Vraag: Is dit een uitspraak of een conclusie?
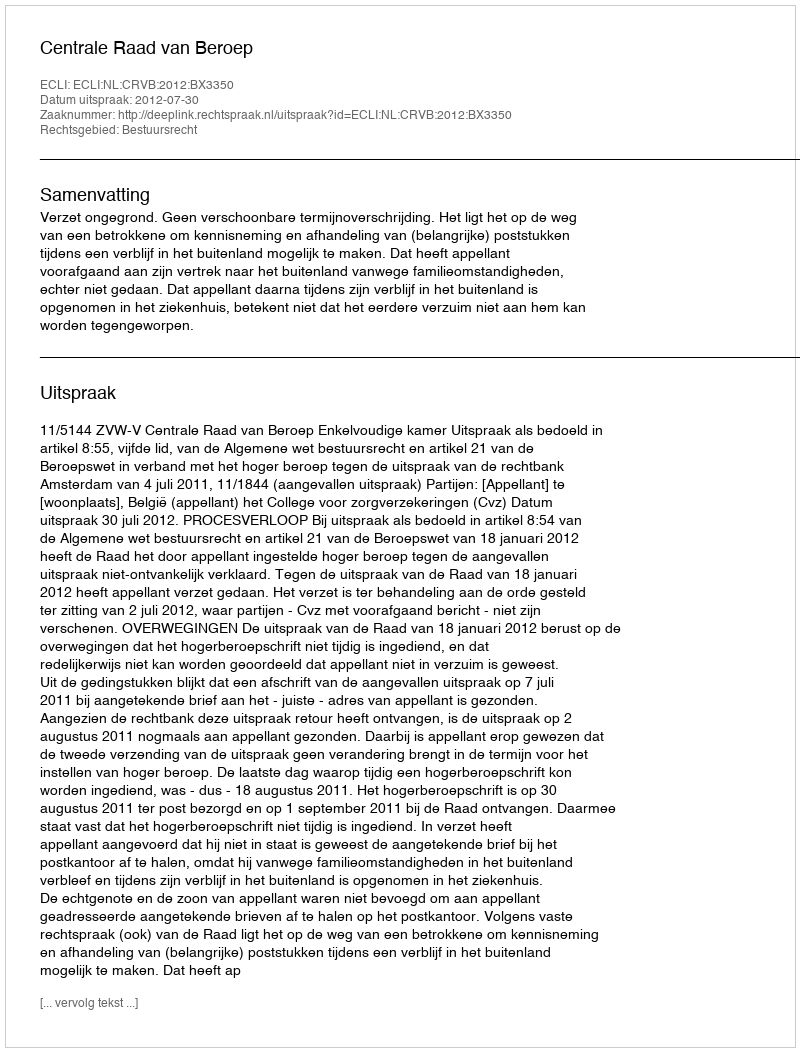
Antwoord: Uitspraak